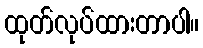
ထုတ်လုပ်ထားတာပါ။